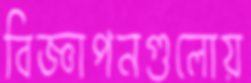
বিজ্ঞাপনগুলোয়